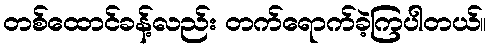
တစ်ထောင်ခန့်လည်း တက်ရောက်ခဲ့ကြပါတယ်။